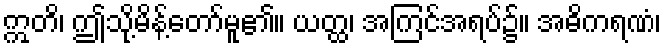
ဣတိ၊ ဤသို့မိန့်တော်မူ၏။ ယတ္ထ၊ အကြင်အရပ်၌။ အဓိကရဏံ၊